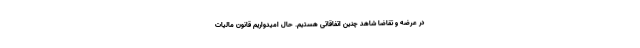
در عرضه و تقاضا شاهد چنین اتفاقاتی هستیم. حال امیدواریم قانون مالیات